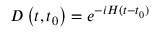
D \left( t , t _ { 0 } \right) = e ^ { - i H ( t - t _ { 0 } ) }